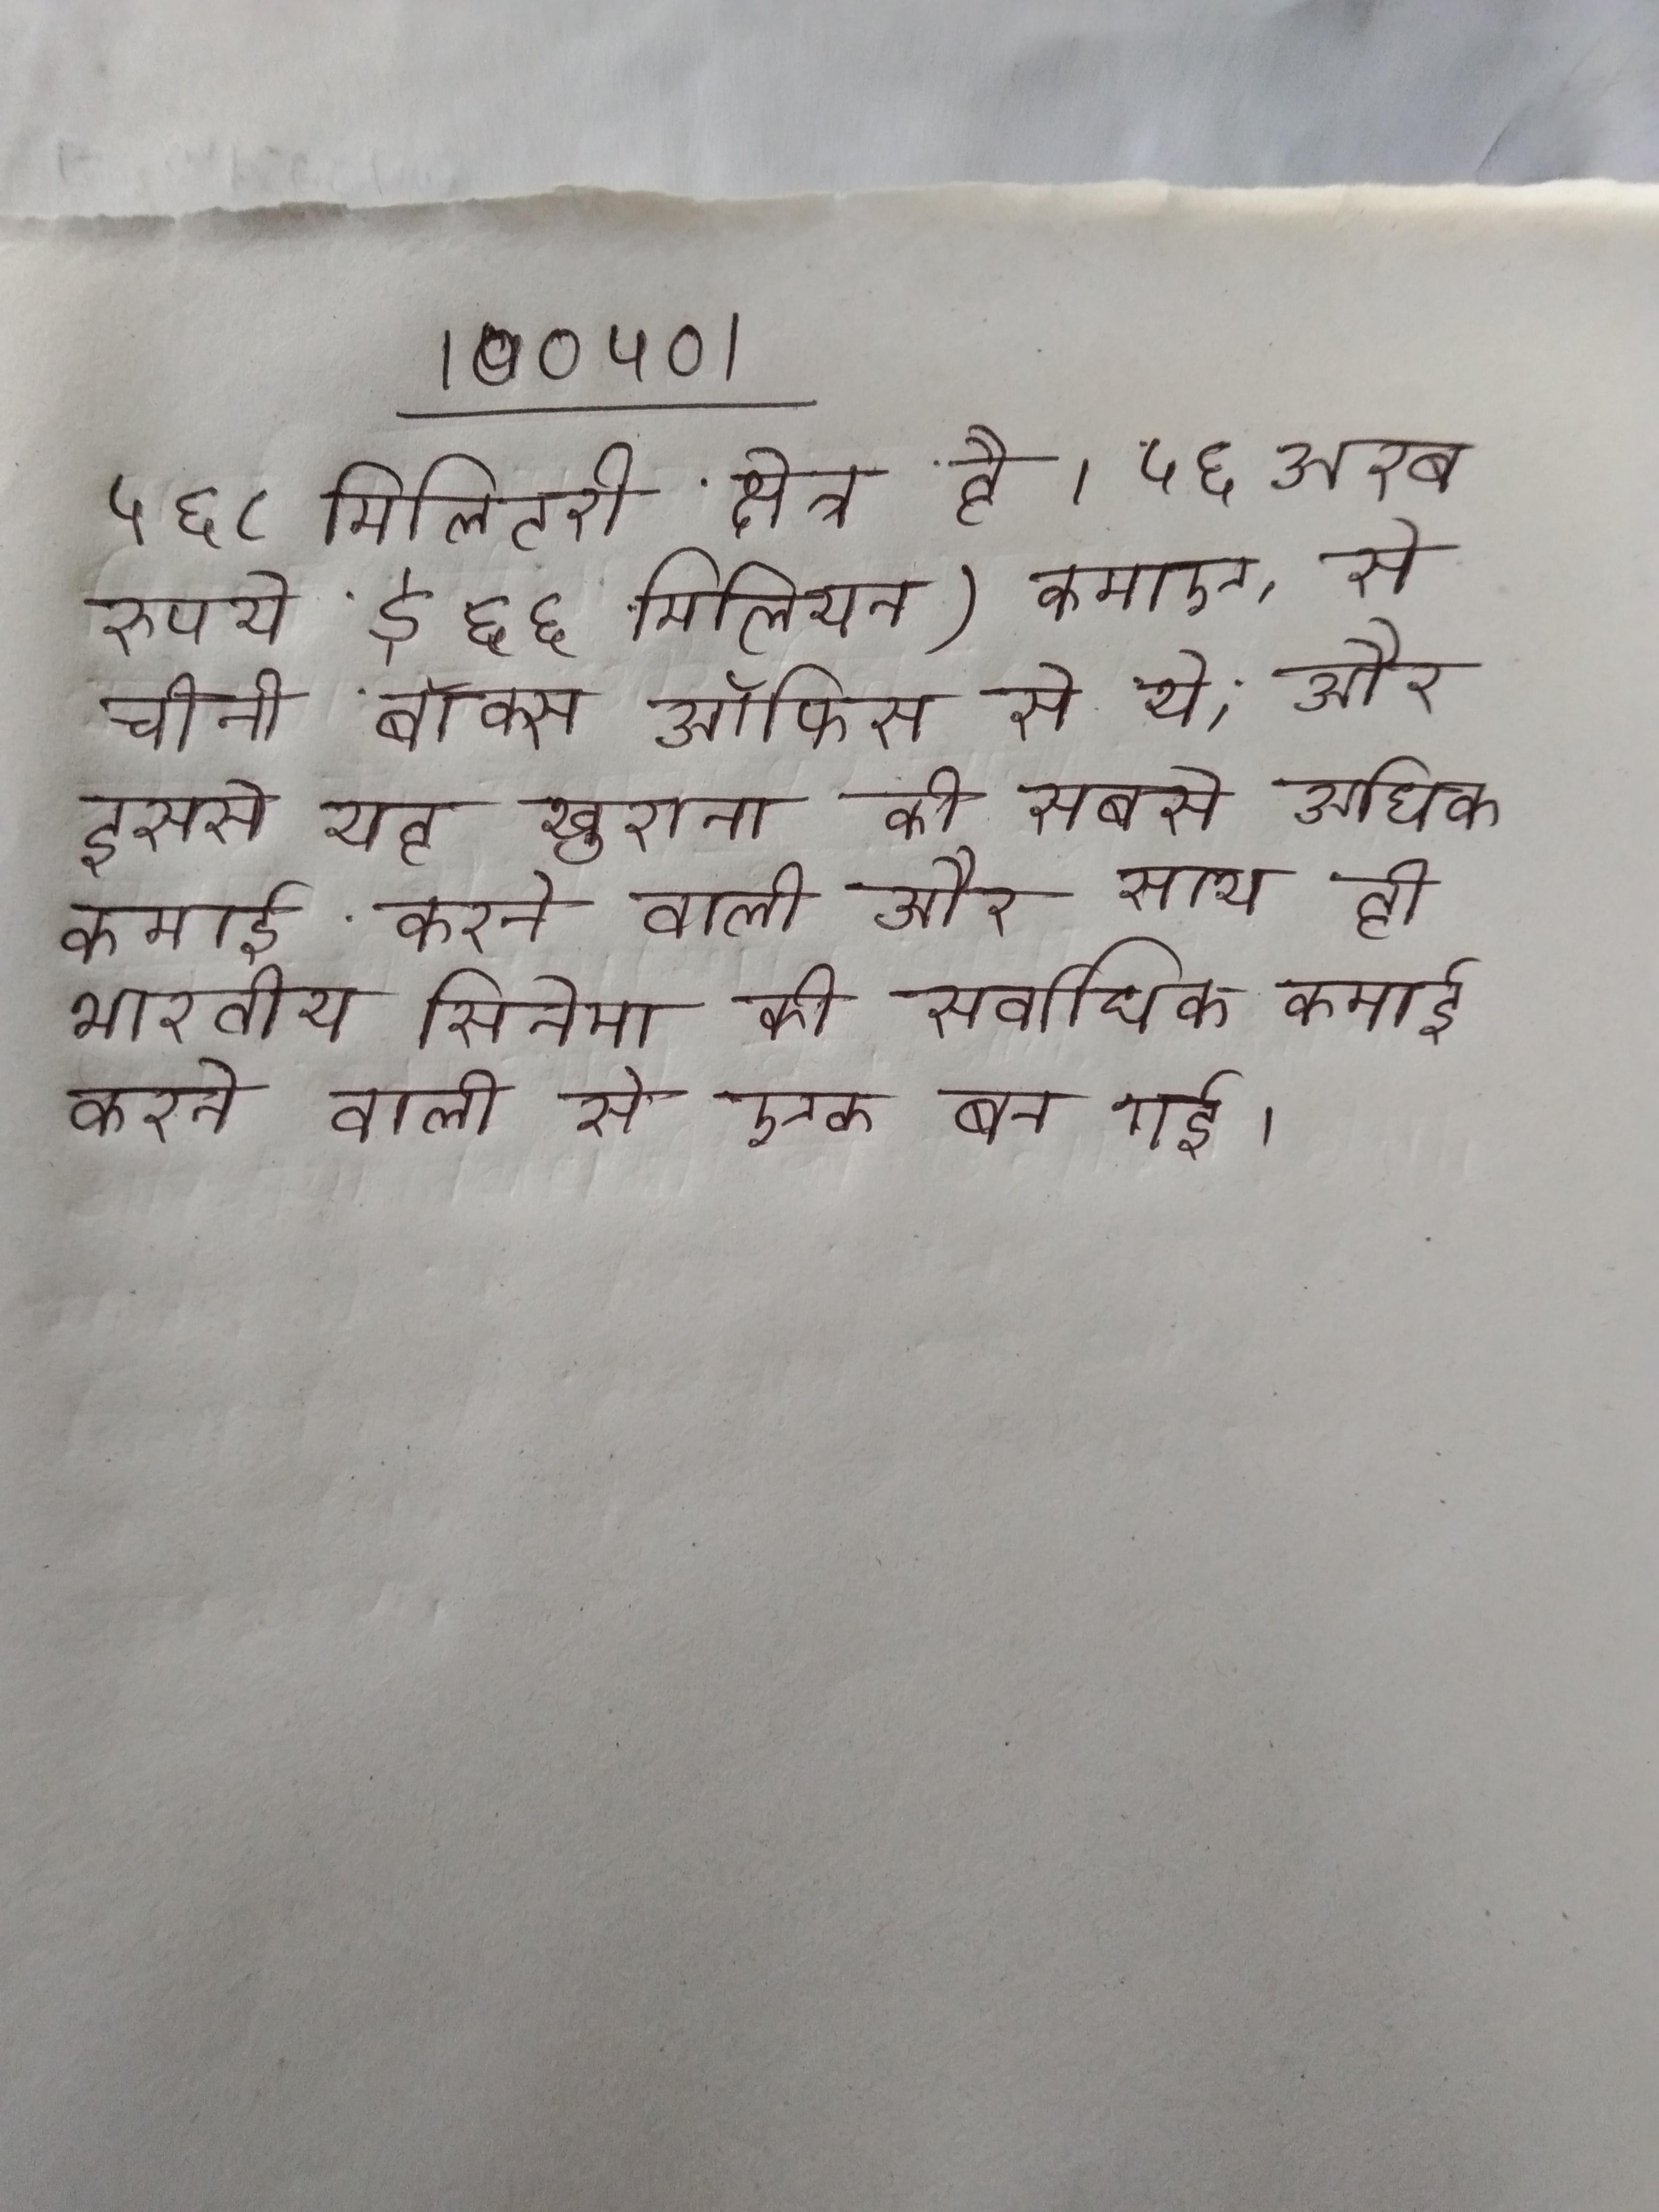
५६८ मिलिटरी क्षेत्र है । ५६ अरब रुपये $६६ मिलियन) कमाए, से चीनी बॉक्स ऑफिस से थे, और इससे यह खुराना की सबसे अधिक कमाई करने वाली और साथ ही भारतीय सिनेमा की सर्वाधिक कमाई करने वाली से एक बन गई ।